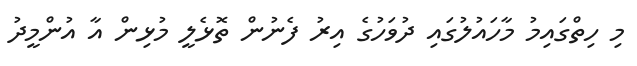
މި ހިތްގައިމު މާހައުލުގައި ދުވަހުގެ އިރު ފެނުން ތޮޅެލީ މުޅިން އާ އުންމީދު